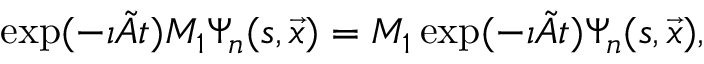
\exp ( - \imath \tilde { A } t ) M _ { 1 } \Psi _ { n } ( s , \vec { x } ) = M _ { 1 } \exp ( - \imath \tilde { A } t ) \Psi _ { n } ( s , \vec { x } ) ,